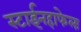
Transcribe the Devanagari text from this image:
स्टाईनहाफेलः